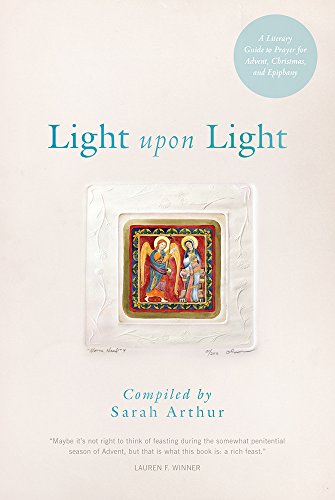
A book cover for Light Upon Light: A Literary Guide to Prayer for Advent, Christmas, and Epiphany; Sarah Arthur; Christian Books & Bibles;